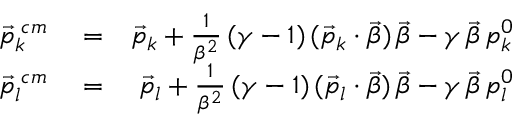
\begin{array} { r l r } { \vec { p } _ { k } ^ { \; c m } } & { { } = } & { \vec { p } _ { k } + \frac { 1 } { \beta ^ { 2 } } \, ( \gamma - 1 ) \, ( \vec { p } _ { k } \cdot \vec { \beta } ) \, \vec { \beta } - \gamma \, \vec { \beta } \, p _ { k } ^ { 0 } } \\ { \vec { p } _ { l } ^ { \; c m } } & { { } = } & { \vec { p } _ { l } + \frac { 1 } { \beta ^ { 2 } } \, ( \gamma - 1 ) \, ( \vec { p } _ { l } \cdot \vec { \beta } ) \, \vec { \beta } - \gamma \, \vec { \beta } \, p _ { l } ^ { 0 } } \end{array}